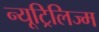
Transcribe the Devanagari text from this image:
न्यूट्रिलिज्म